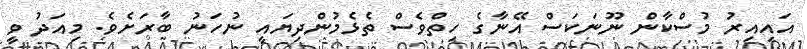
އައިއިރު މުސްކާން ނޫނަކަސް އޭނާގެ ހިތްވެސް ތެޅެމުންދިޔައީ ނުހަނު ބާރަށެވެ. މިއަދު ވީ